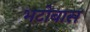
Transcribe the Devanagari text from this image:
भटोबास